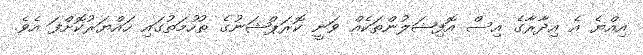
އިއްޔެ އެ އިދާރާގެ އިސް އޮފިޝަލުންތަކެއް ވަނީ ކޮރަޕްޝަނުގެ ތުހުމަތުގައި ހައްޔަރުކޮށްފަ އެވެ.